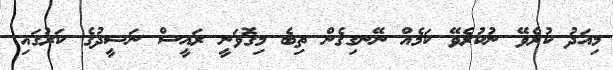
މިއަދު ކުރެވޭ ނުކުރެވޭ ކަމެއް ނޭނގިގެން ތިބެ މިގޮވަނީ ރައީސް ނަޝީދުގެ ކަރުގައި